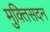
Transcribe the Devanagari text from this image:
मुक्तिसदन